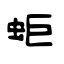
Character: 蚷